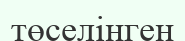
төселінген